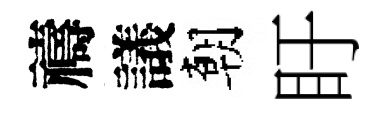
禱議朝盱